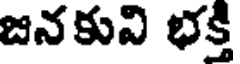
జనకువి భక్తి